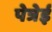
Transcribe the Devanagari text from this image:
पेत्रेई